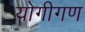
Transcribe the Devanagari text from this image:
योगीगण